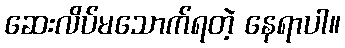
ဆေးလိပ်မသောက်ရတဲ့ နေရာပါ။